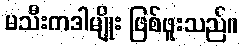
မသီးကဒါမျိုး ဖြစ်ဖူးသည်။